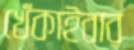
খেঁকাইবার